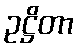
ဥဋ္ဌိတာ